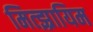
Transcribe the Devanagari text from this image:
मित्झ्रायिम